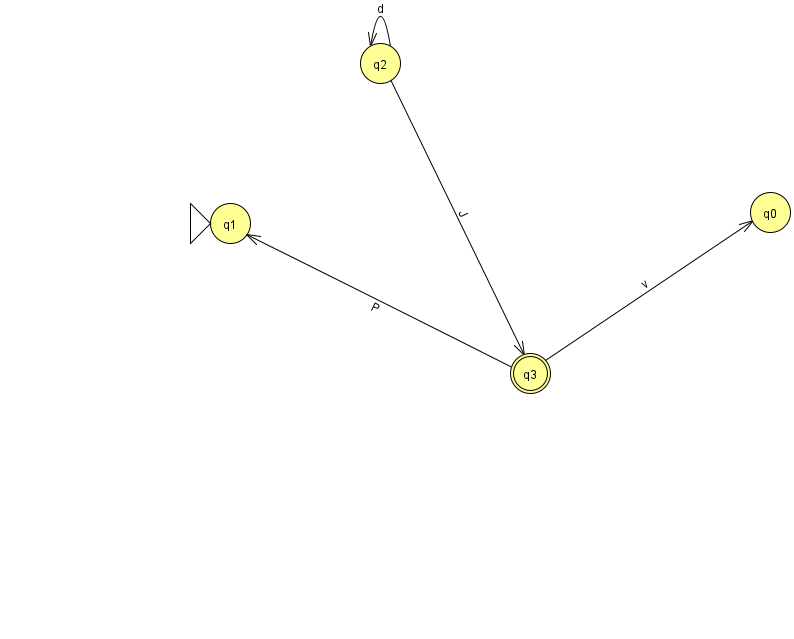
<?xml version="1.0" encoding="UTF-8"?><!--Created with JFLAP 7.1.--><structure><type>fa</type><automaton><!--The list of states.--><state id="0" name="q0"><x>770.0</x><y>199.0</y></state><state id="1" name="q1"><x>230.0</x><y>210.0</y><initial/></state><state id="2" name="q2"><x>380.0</x><y>50.0</y></state><state id="3" name="q3"><x>530.0</x><y>360.0</y><final/></state><!--The list of transitions.--><transition><from>2</from><to>2</to><read>d</read></transition><transition><from>2</from><to>3</to><read>J</read></transition><transition><from>3</from><to>0</to><read>v</read></transition><transition><from>3</from><to>1</to><read>P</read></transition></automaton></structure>